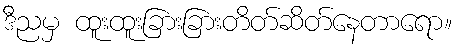
ဒီညမှ ထူးထူးခြားခြားတိတ်ဆိတ်နေတာရော။